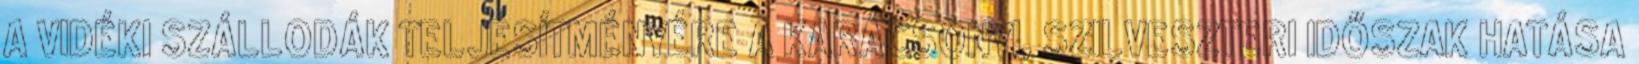
A VIDÉKI SZÁLLODÁK TELJESÍTMÉNYÉRE A KARÁCSONYI, SZILVESZTERI IDŐSZAK HATÁSA